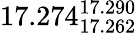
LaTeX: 17.274_{17.262}^{17.290}